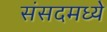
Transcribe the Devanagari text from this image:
संसदमध्ये